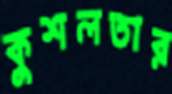
কুশলতার